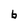
Character: b